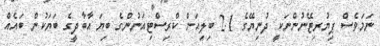
ނަމަވެސް ޕިޔުރިޓޭނުންނަކީ ދުނިޔޭގެ 2.1 ބިލިއަން ކްރިސްޓިއަނުންގެ ބިޔަ އާބާދީގެ ބަޔަކުން ބައެއް